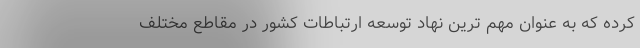
کرده که به عنوان مهم ترین نهاد توسعه ارتباطات کشور در مقاطع مختلف